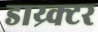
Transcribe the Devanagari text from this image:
डाय्र्क्टर